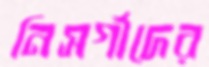
নিসর্গীদের